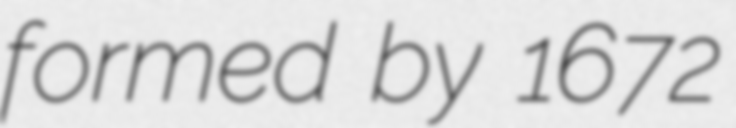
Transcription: formed by 1672